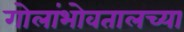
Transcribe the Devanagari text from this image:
गोलांभोवतालच्या